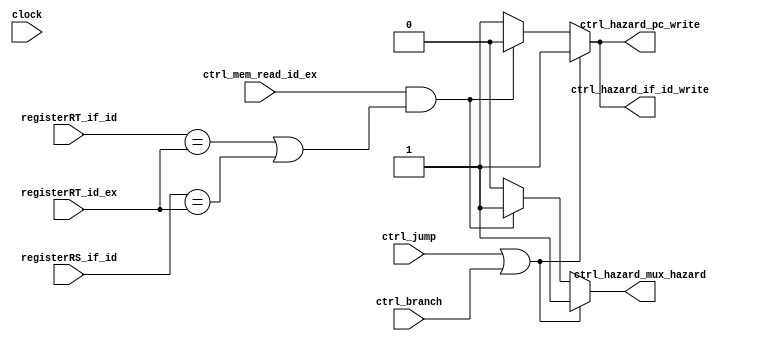
// Gabriel Coimbra - 3044
// Maria Dalila - 3030

`define VERBOSE

module mHazardDetectionUnity
(
		//Input
		input wire clock,
		input wire[4:0] registerRT_id_ex,
		input wire[4:0] registerRS_if_id,
		input wire[4:0] registerRT_if_id,

		//controle de Hazard de dados (avalia se temos um lw)
		input wire ctrl_mem_read_id_ex,

		//controle de Hazard de controle (avalia se temos uma instrucao de desvio)
		input wire ctrl_jump,//jump
		input wire ctrl_branch,

		//Output
		output reg ctrl_hazard_pc_write,
		ctrl_hazard_if_id_write,
		ctrl_hazard_mux_hazard
);

	// Caso inicial 
	initial begin 
		ctrl_hazard_pc_write = 1;
		ctrl_hazard_if_id_write = 1;
		ctrl_hazard_mux_hazard = 0;
	end

	always@(clock, ctrl_mem_read_id_ex, registerRT_id_ex, registerRS_if_id, registerRT_if_id) begin

		//Stall de Hazard de dados
		if(ctrl_mem_read_id_ex & (registerRT_if_id == registerRT_id_ex  || registerRS_if_id == registerRT_id_ex) )
			begin
				`ifdef VERBOSE
					$display("mHazardDetectionUnity: Hazard detected! NOPING");
				`endif
				ctrl_hazard_pc_write = 0;
				ctrl_hazard_if_id_write = 0;
				ctrl_hazard_mux_hazard = 1;
			end

		else
			begin
				ctrl_hazard_pc_write = 1;
				ctrl_hazard_if_id_write = 1;
				ctrl_hazard_mux_hazard = 0;
			end

			//Stall de Hazard de Controle/Desvio
			if(ctrl_jump || ctrl_branch)begin
				`ifdef VERBOSE
					$display("mHazardDetectionUnity: ControlHazard detected! NOPING");
				`endif
				ctrl_hazard_pc_write = 1;
				ctrl_hazard_if_id_write = 1;
				ctrl_hazard_mux_hazard = 1;
			end

	end



endmodule